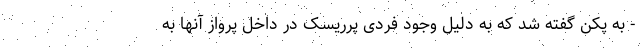
- به پکن گفته شد که به دلیل وجود فردی پرریسک در داخل پرواز آنها به